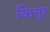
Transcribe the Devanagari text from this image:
कित्तुर